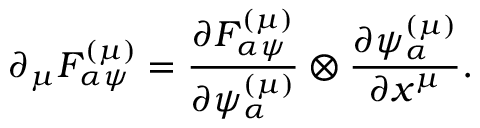
\partial _ { \mu } { \cal F } _ { \alpha \psi } ^ { \left( \mu \right) } = \frac { \partial { \cal F } _ { \alpha \psi } ^ { \left( \mu \right) } } { \partial \psi _ { \alpha } ^ { \left( \mu \right) } } \otimes \frac { \partial \psi _ { \alpha } ^ { \left( \mu \right) } } { \partial x ^ { \mu } } .